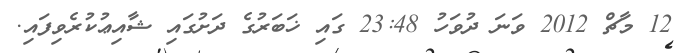
12 މާޗް 2012 ވަނަ ދުވަހު 23:48 ގައި ޚަބަރުގެ ދަށުގައި ޝާއިޢުކުރެވިފައި.